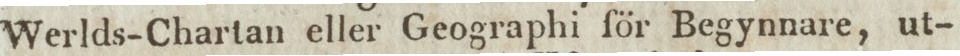
Werlds-Chartan eller Geographi för Begynnare, ut-